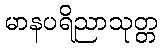
မာနပရိညာသုတ္တ